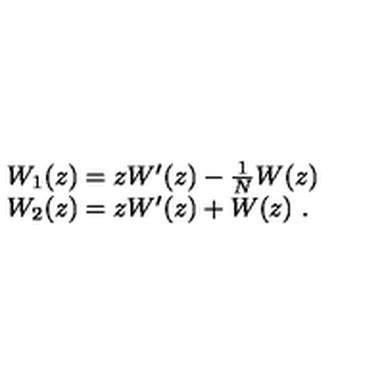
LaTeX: \begin{array} { l } { W _ { 1 } ( z ) = z W ^ { \prime } ( z ) - \frac { 1 } { N } W ( z ) \vspace { 1 m m } } \\ { W _ { 2 } ( z ) = z W ^ { \prime } ( z ) + W ( z ) \ . } \\ \end{array}